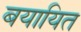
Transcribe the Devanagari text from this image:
बयायित